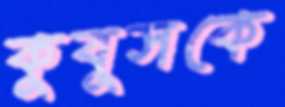
কুবুসকে